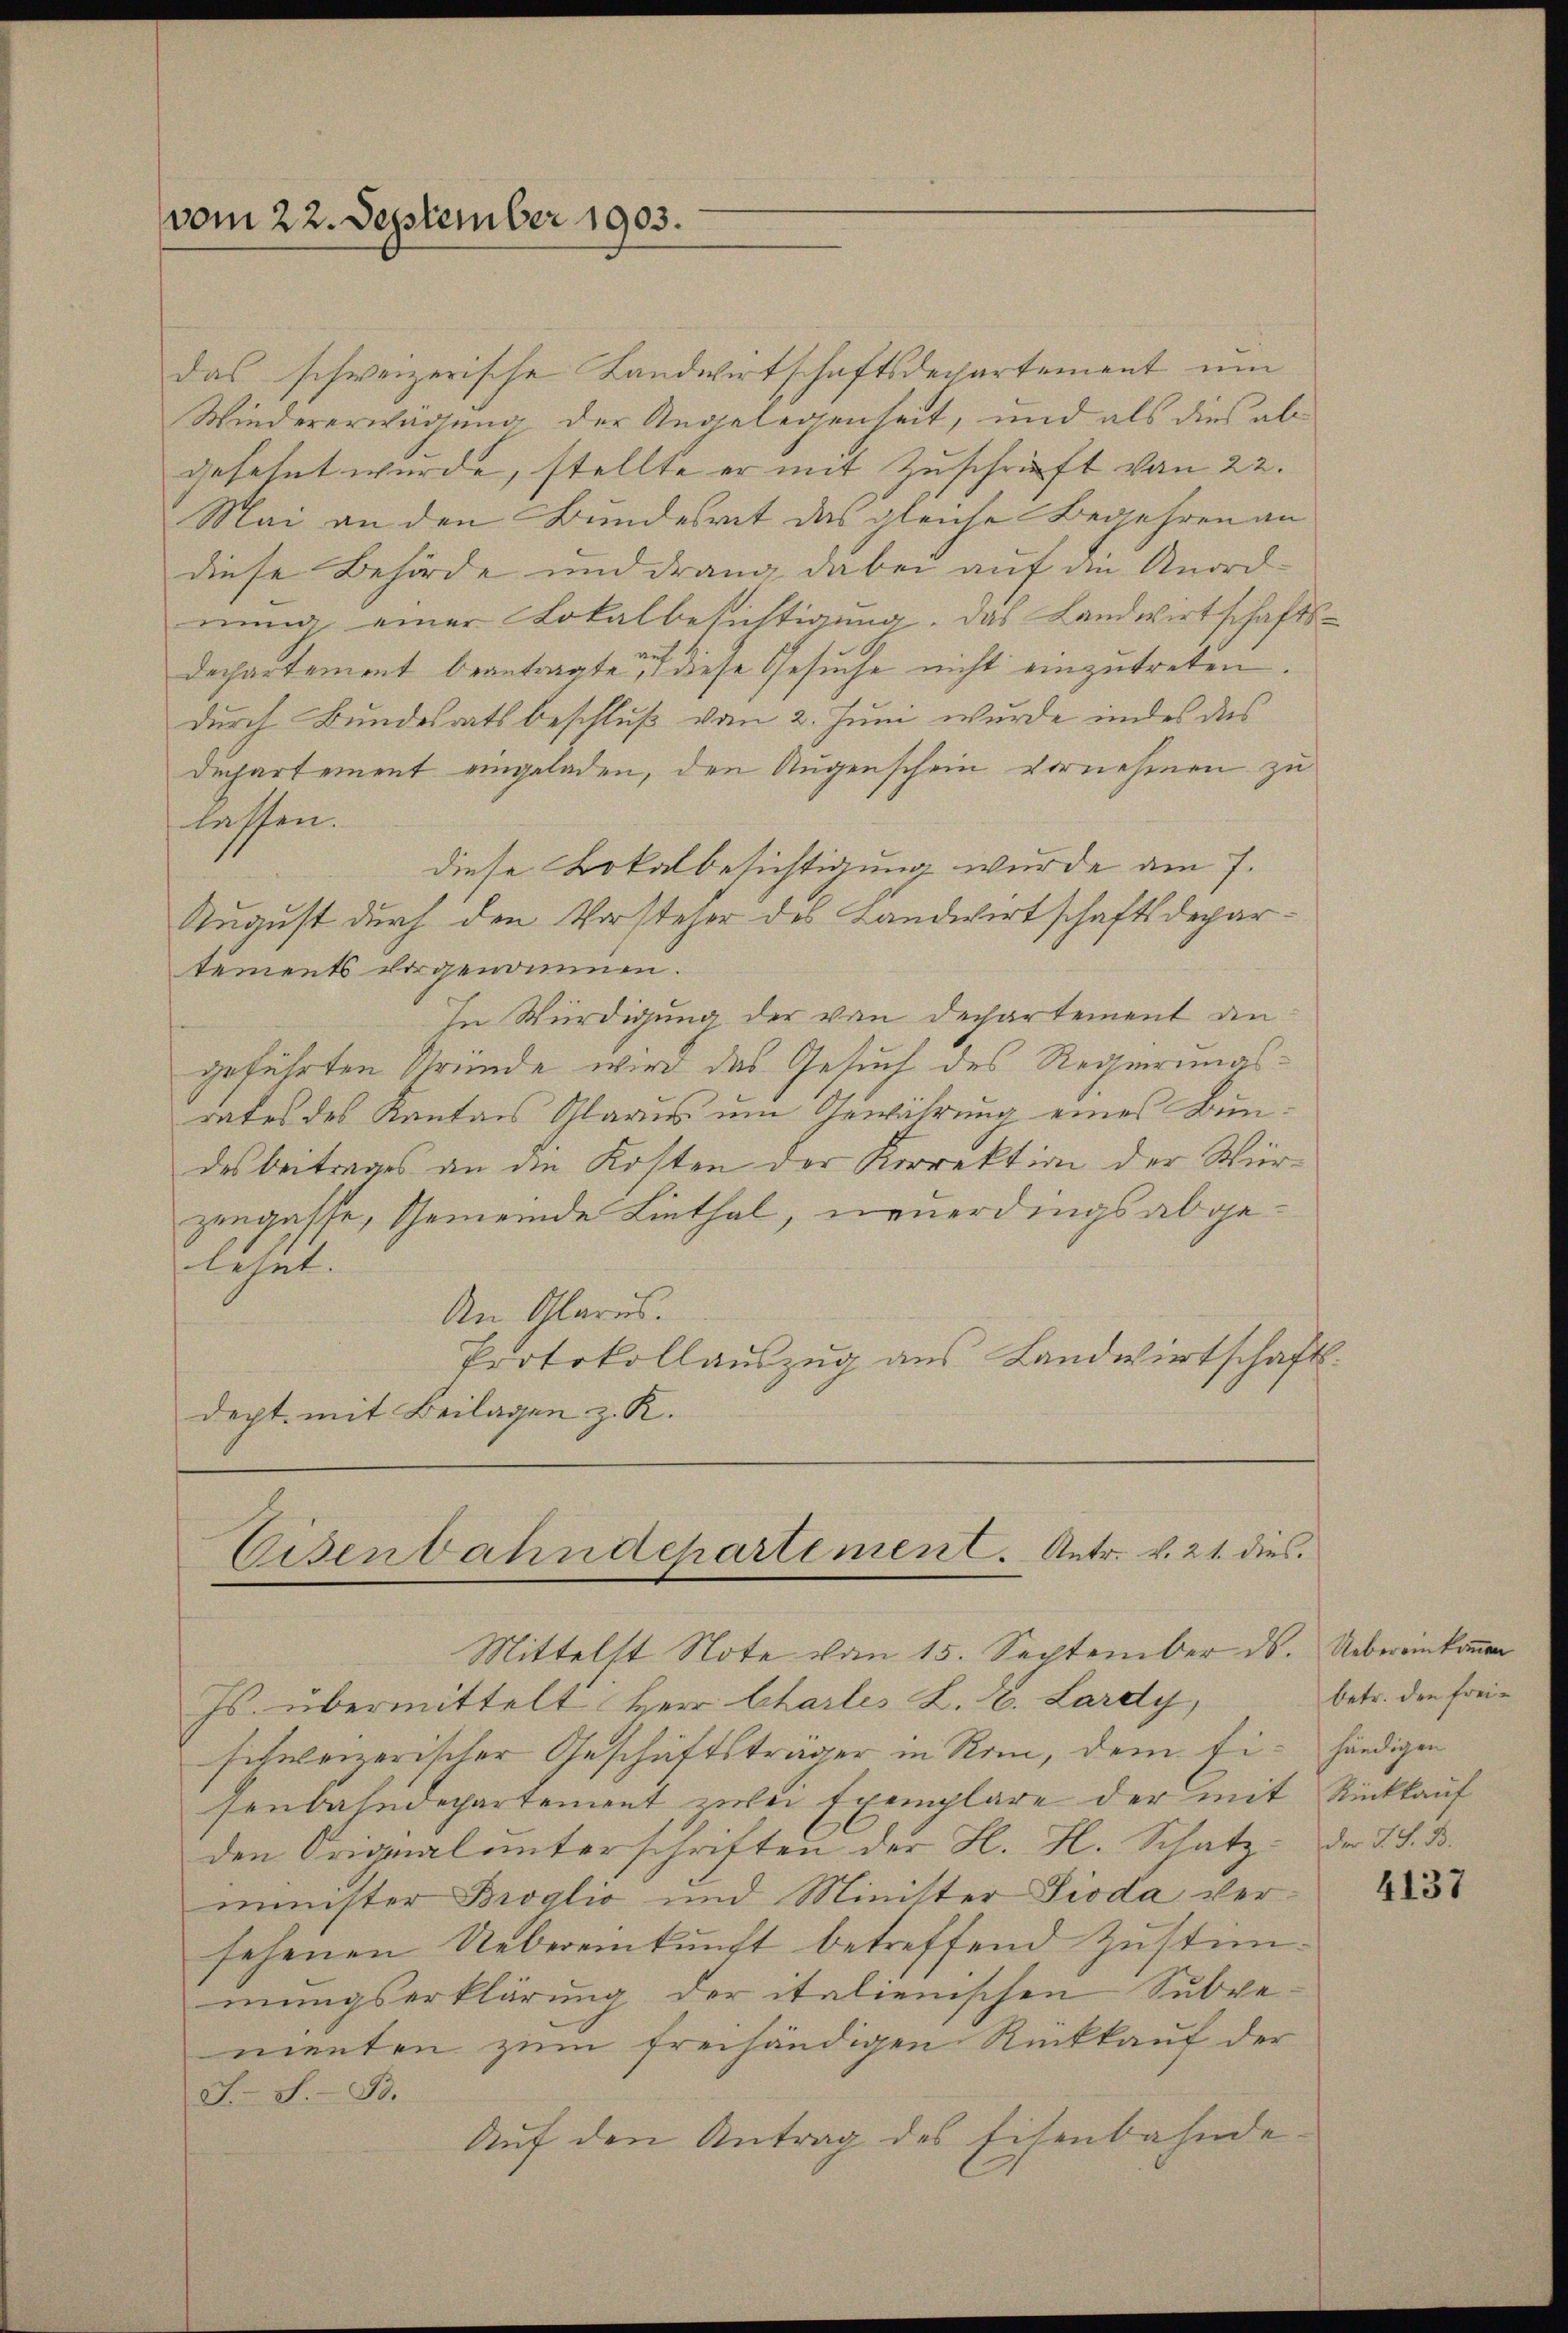
vom 22. September 1903.

Eisenbahndepartement. Antr. v. 21. dies

das schweizerische Landwirtschaftsdechartement um
Wiedererwägung der Angelegenheit, und als dies abgesehnt wurde, stellte er mit Zuschrift von 22.
Mai an den Bundesrat das gleiche Begehren an
diese Behörde und drang dabei auf die Anordnung einer Lokalbesichtigung. Das Landwirtschafts-
departement beantragte, diese Gesuche nicht einzutreten.
durch Bundesrats beschluß vom 2. Juni wurde indes das
Duchartement eingeladen, den Augenschein vornehmen zu
lassen.
diese Bokalbesichtigung wurde am 7.
August durch den Vorsteher des Landwirtschaftsdepartements vorgenommen.
In Würdigung der von dechartement angeführten Gründe wird das Gesuch des Regierungsrates des Kantons Glarus um Gewährung eines Bundesbeitrages an die Kosten der Korrektion der Würzengasse, Gemeinde Linthal, neuerdings abgelehnt. |
An Glarus.
Protokollauszug aus Landwirtschaft.
dept. mit Beilagen z. K.

Mittelst Note vom 15. September ds. Uebereinkommen
Js. übermittelt Herr Charles L. Z. Lardy,
sihweizerischer Geschäftsträger in Rom, dem fi- händigen
senbahndepartement zwei Exemplare der mit Rückkauf
den Originalunterschriften der H. H. Schatz-
minister Broglio und Minister Pioda versehenen Uebereinkunft betreffend Zustim-
mungserklärung der italienischen Subve
menten zum freihändigen Rückkauf der
S. S. Bd.
Aŭf den Antrag des Eisenbahnde

betr. den freier 23. B.

4137